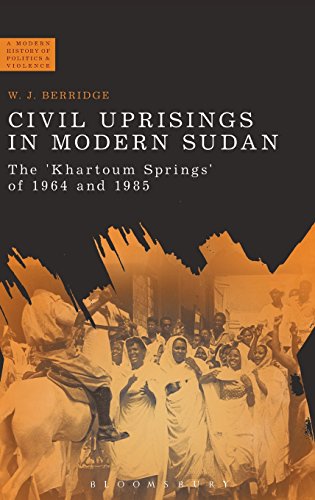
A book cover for Civil Uprisings in Modern Sudan: The 'Khartoum Springs' of 1964 and 1985 (Modern History of Politics and Violence); W. J. Berridge; History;